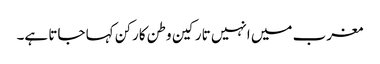
مغرب میں انہیں تارکین وطن کارکن کہا جاتا ہے۔